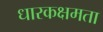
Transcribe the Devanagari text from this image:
धारकक्षमता